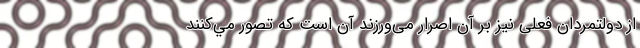
از دولتمردان فعلی نیز بر آن اصرار می‌ورزند آن است كه تصور مي‌كنند